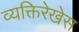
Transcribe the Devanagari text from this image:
व्यक्तिरेखेस